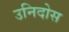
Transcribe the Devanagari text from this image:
उनिदोस